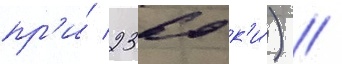
пр'и́ 2360 к'и́) //